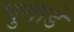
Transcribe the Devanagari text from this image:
पुनाडे